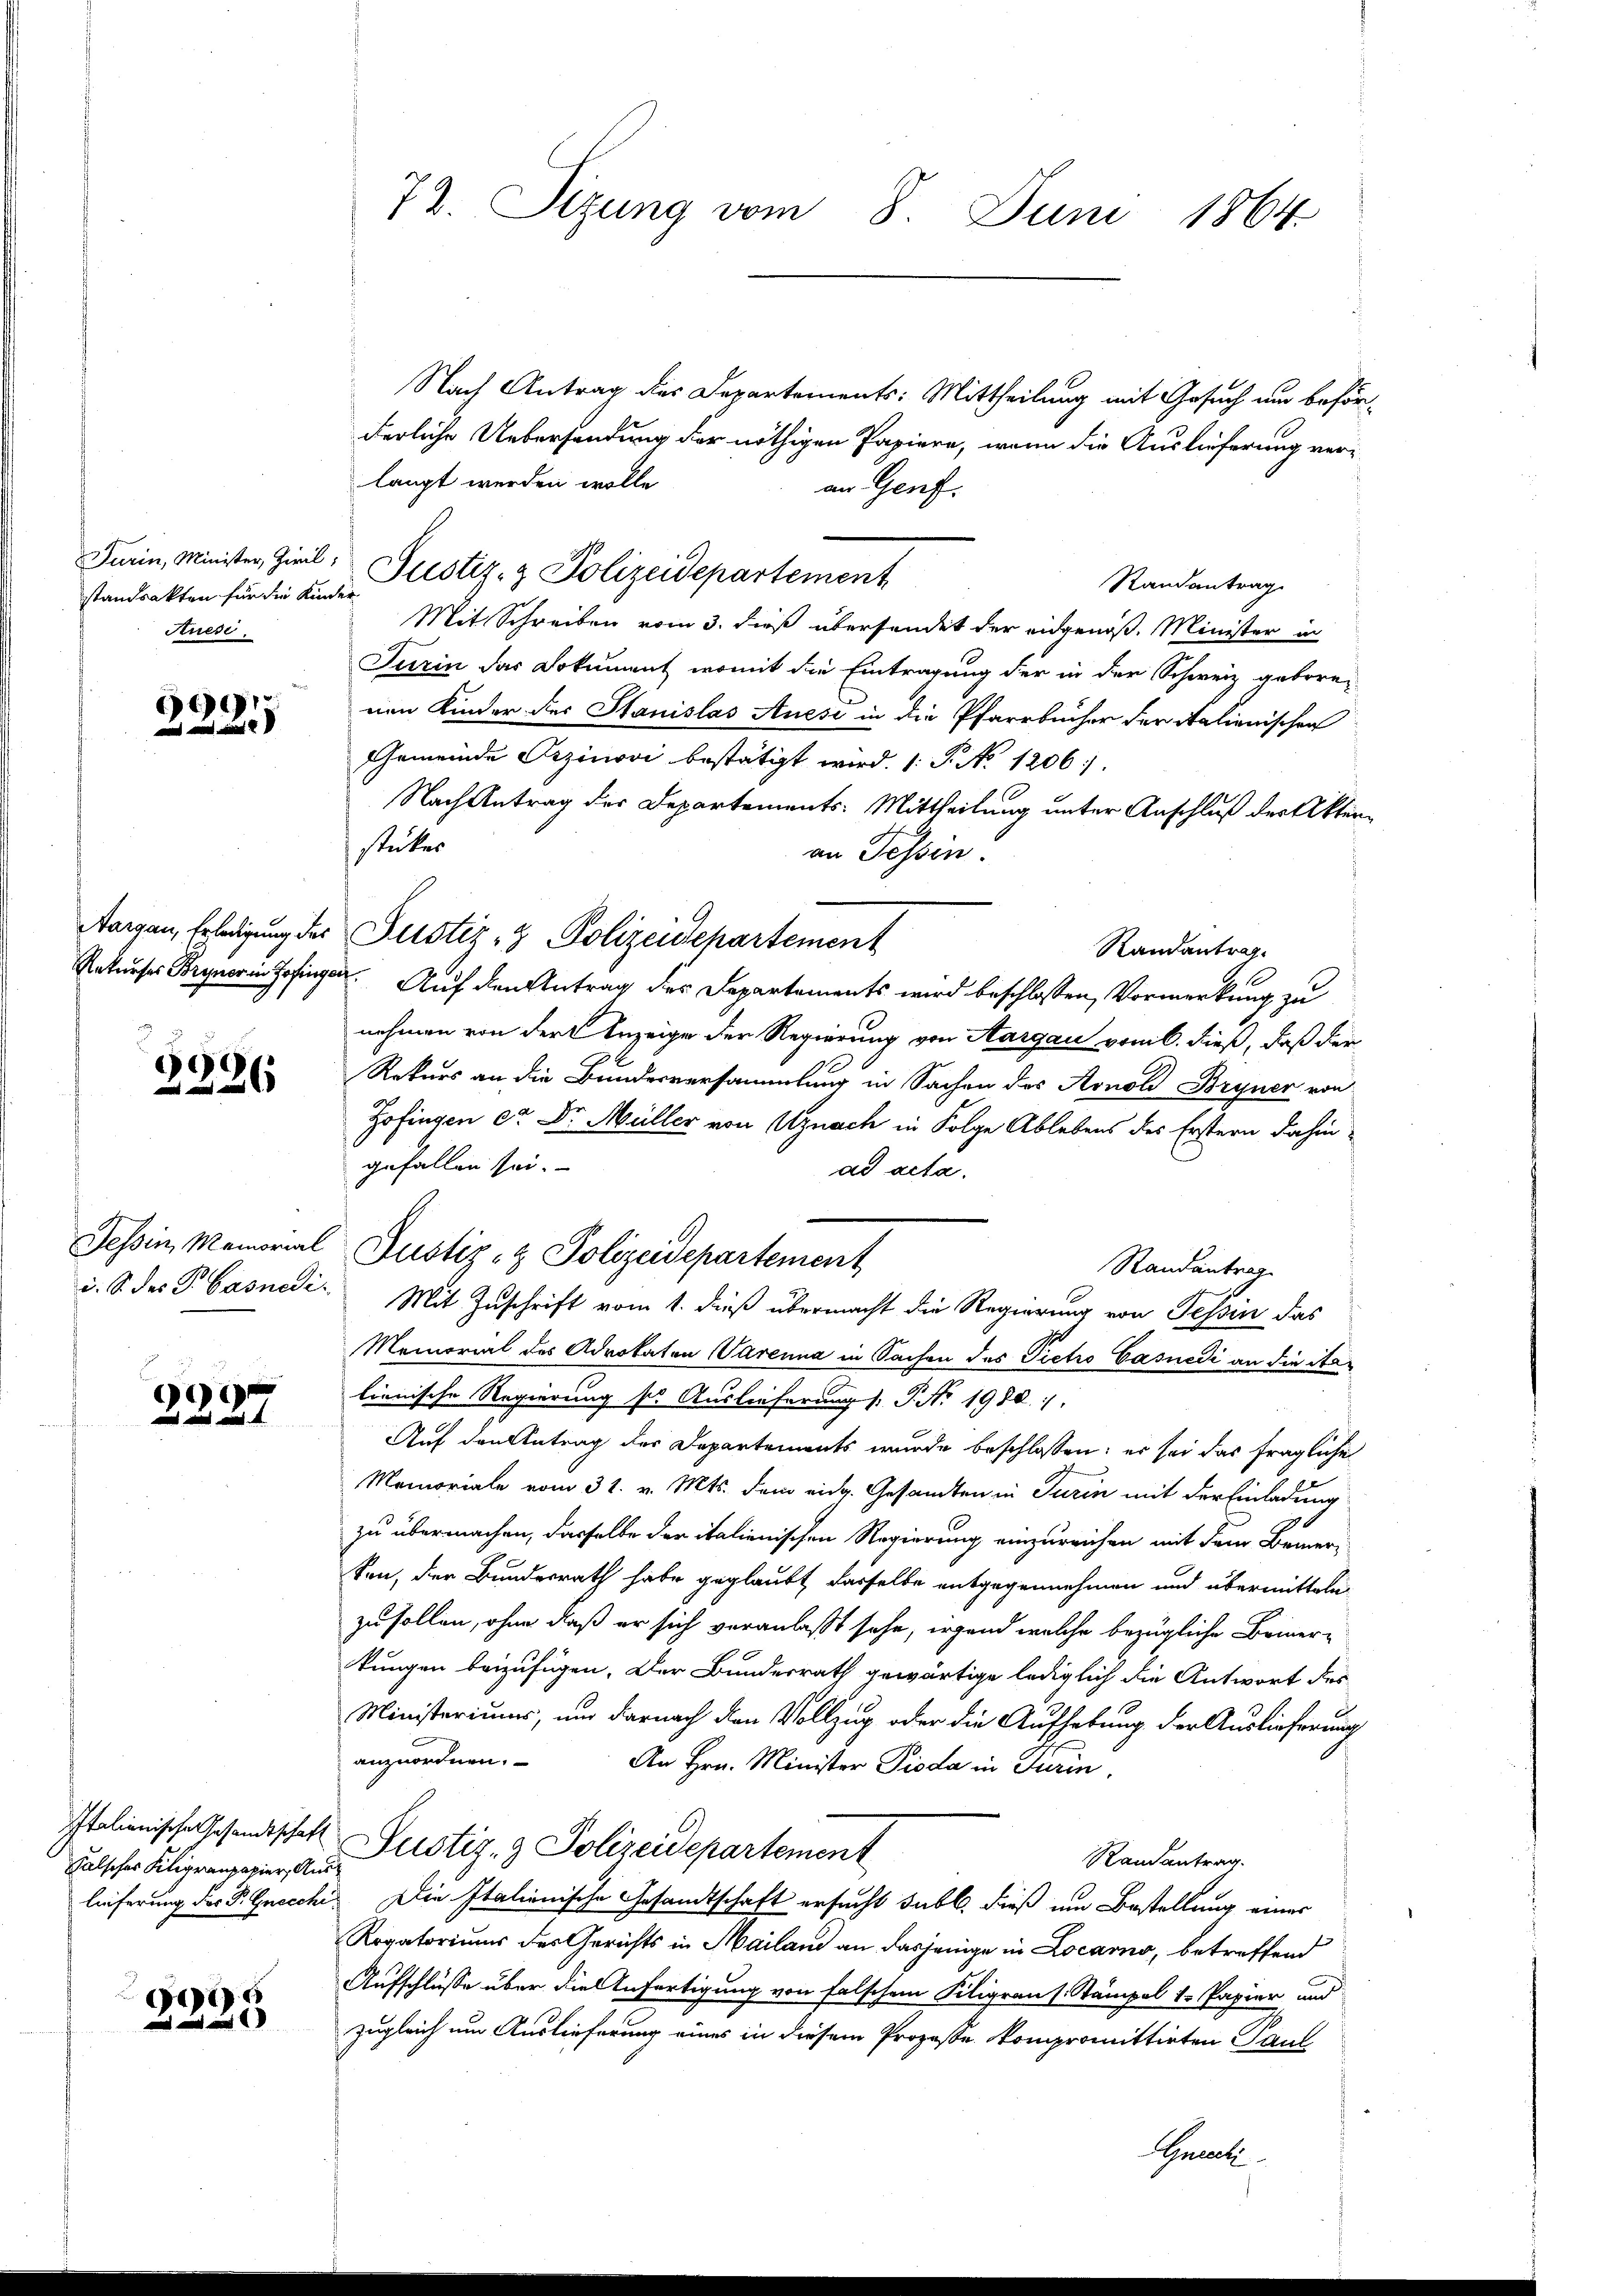
72. Sizung vom 8. Juni 1864.

Nach Antrag des Departements: Mittheilung mit Gesuch um beför-
derliche Uebersendung der nöthigen Papiere, wenn die Auslieferung ver-
langt werden wolle.
an Genf.
Randantrag.
Mit Schreiben vom 3. dieß übersendet der eidgenoß. Minister in
Turin das Dokument, womit die Eintragung der in der Schweiz geborenen Kinder des Stanislas Aussi in die Pfarrbücher der Italienischen
Gemeinde Pezinovi bestätigt wird. (: P. No 1206.
Nach Antrag der Departements-Mittheilung unter Anschluß der Aktenstückes
an Tessin.
Aargau, Erledigung der Justiz- & Polizeidepartement
Randantrag.
Rekurser Bryner in Zofingen. Auf den Antrag der Departements wird beschlossen, Vormerkung zu
nehmen von der Anzeige der Regierung von Aargau vom 6. dieß, daß der
Rekurs an die Bundesversammlung in Sachen des Arnold Bryner von
Hofingen er Dr. Müller von Uznach in Folge Ablebens des Erstern dahin
gefallen sei.
ad acta.
Randantrag
i. S. des P. Casnedi. Mit Zuschrift vom 1. dieß übermacht die Regierung von Tessin das
Memorial des Advokaten Varenna in Sachen des Pietro Casnedi an die italienische Regierung so Auslieferung (: P. Nr. 1980.
Auf den Antrag der Departements wurde beschlossen: er sei das fragliche
Memoriale vom 31. v. Mts. dem eidg. Gesandten in Turin mit der Einladung
zu übermachen, dasselbe der italienischen Regierung einzureichen mit dem Bemerken, der Bundesrath habe geglaubt dasselbe entgegennehmen und übermitteln
zu sollen, ohne daß er sich veranlaßt sehe, irgend welche bezügliche Bemer-
kungen beizufügen. Der Bundesrath gewärtige lediglich die Antwort des
Ministeriums, und darnach den Vollzug oder die Aufhebung der Auslieferung
anzuordnen.
An Hrn. Minister Pioda in Turin.
Italienische Gesandtschaft Justiz- & Polizeidepartement
Randantrag.
lieferung der P. Gnocchi, Die Italienische Gesandtschaft ersucht subl. dieß um Bestellung einer
Rogatoriums des Gerichts in Mailand an dasjenige in Locarno, betreffend
Aufschlüsse über die Anfertigung von falschen Kiligraus. Stämpel v. Papier und
zugleich um Auslieferung eines in diesem Prozeße kompromittirten Paul
Arnet

standsakten für die Kinder
Auese

Turin, Minister, Ziel, Justiz- & Polizeidepartement

66

69
26

Tessin, Memorial Justiz- & Polizeidepartement

)
 in ei

Falsches Kiligranpapier, Aus¬

6